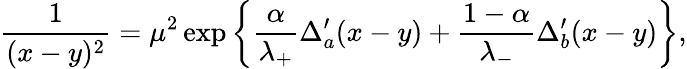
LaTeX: \frac{1}{(x-y)^{2}}=\mu^{2}\exp\left\{ \frac{\alpha}{\lambda_{+}}\Delta_{a}^{\prime}(x-y)+\frac{1-\alpha}{\lambda_{-}}\Delta_{b}^{\prime}(x-y)\right\} ,